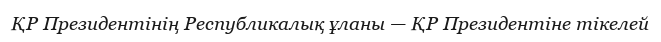
ҚР Президентінің Республикалық ұланы — ҚР Президентіне тікелей